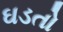
ઘડતો